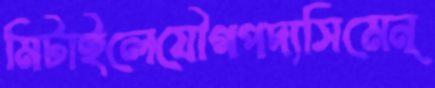
মিটাইলেযৌগপদ্যসিমেন্